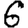
Digit: 6